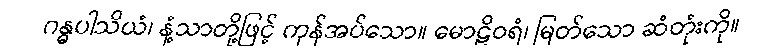
ဂန္ဓပါသိယံ၊ နံ့သာတို့ဖြင့် ကုန်အပ်သော။ မောဠိဝရံ၊ မြတ်သော ဆံတုံးကို။